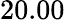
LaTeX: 20.00